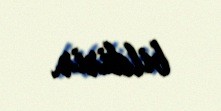
bildirir.